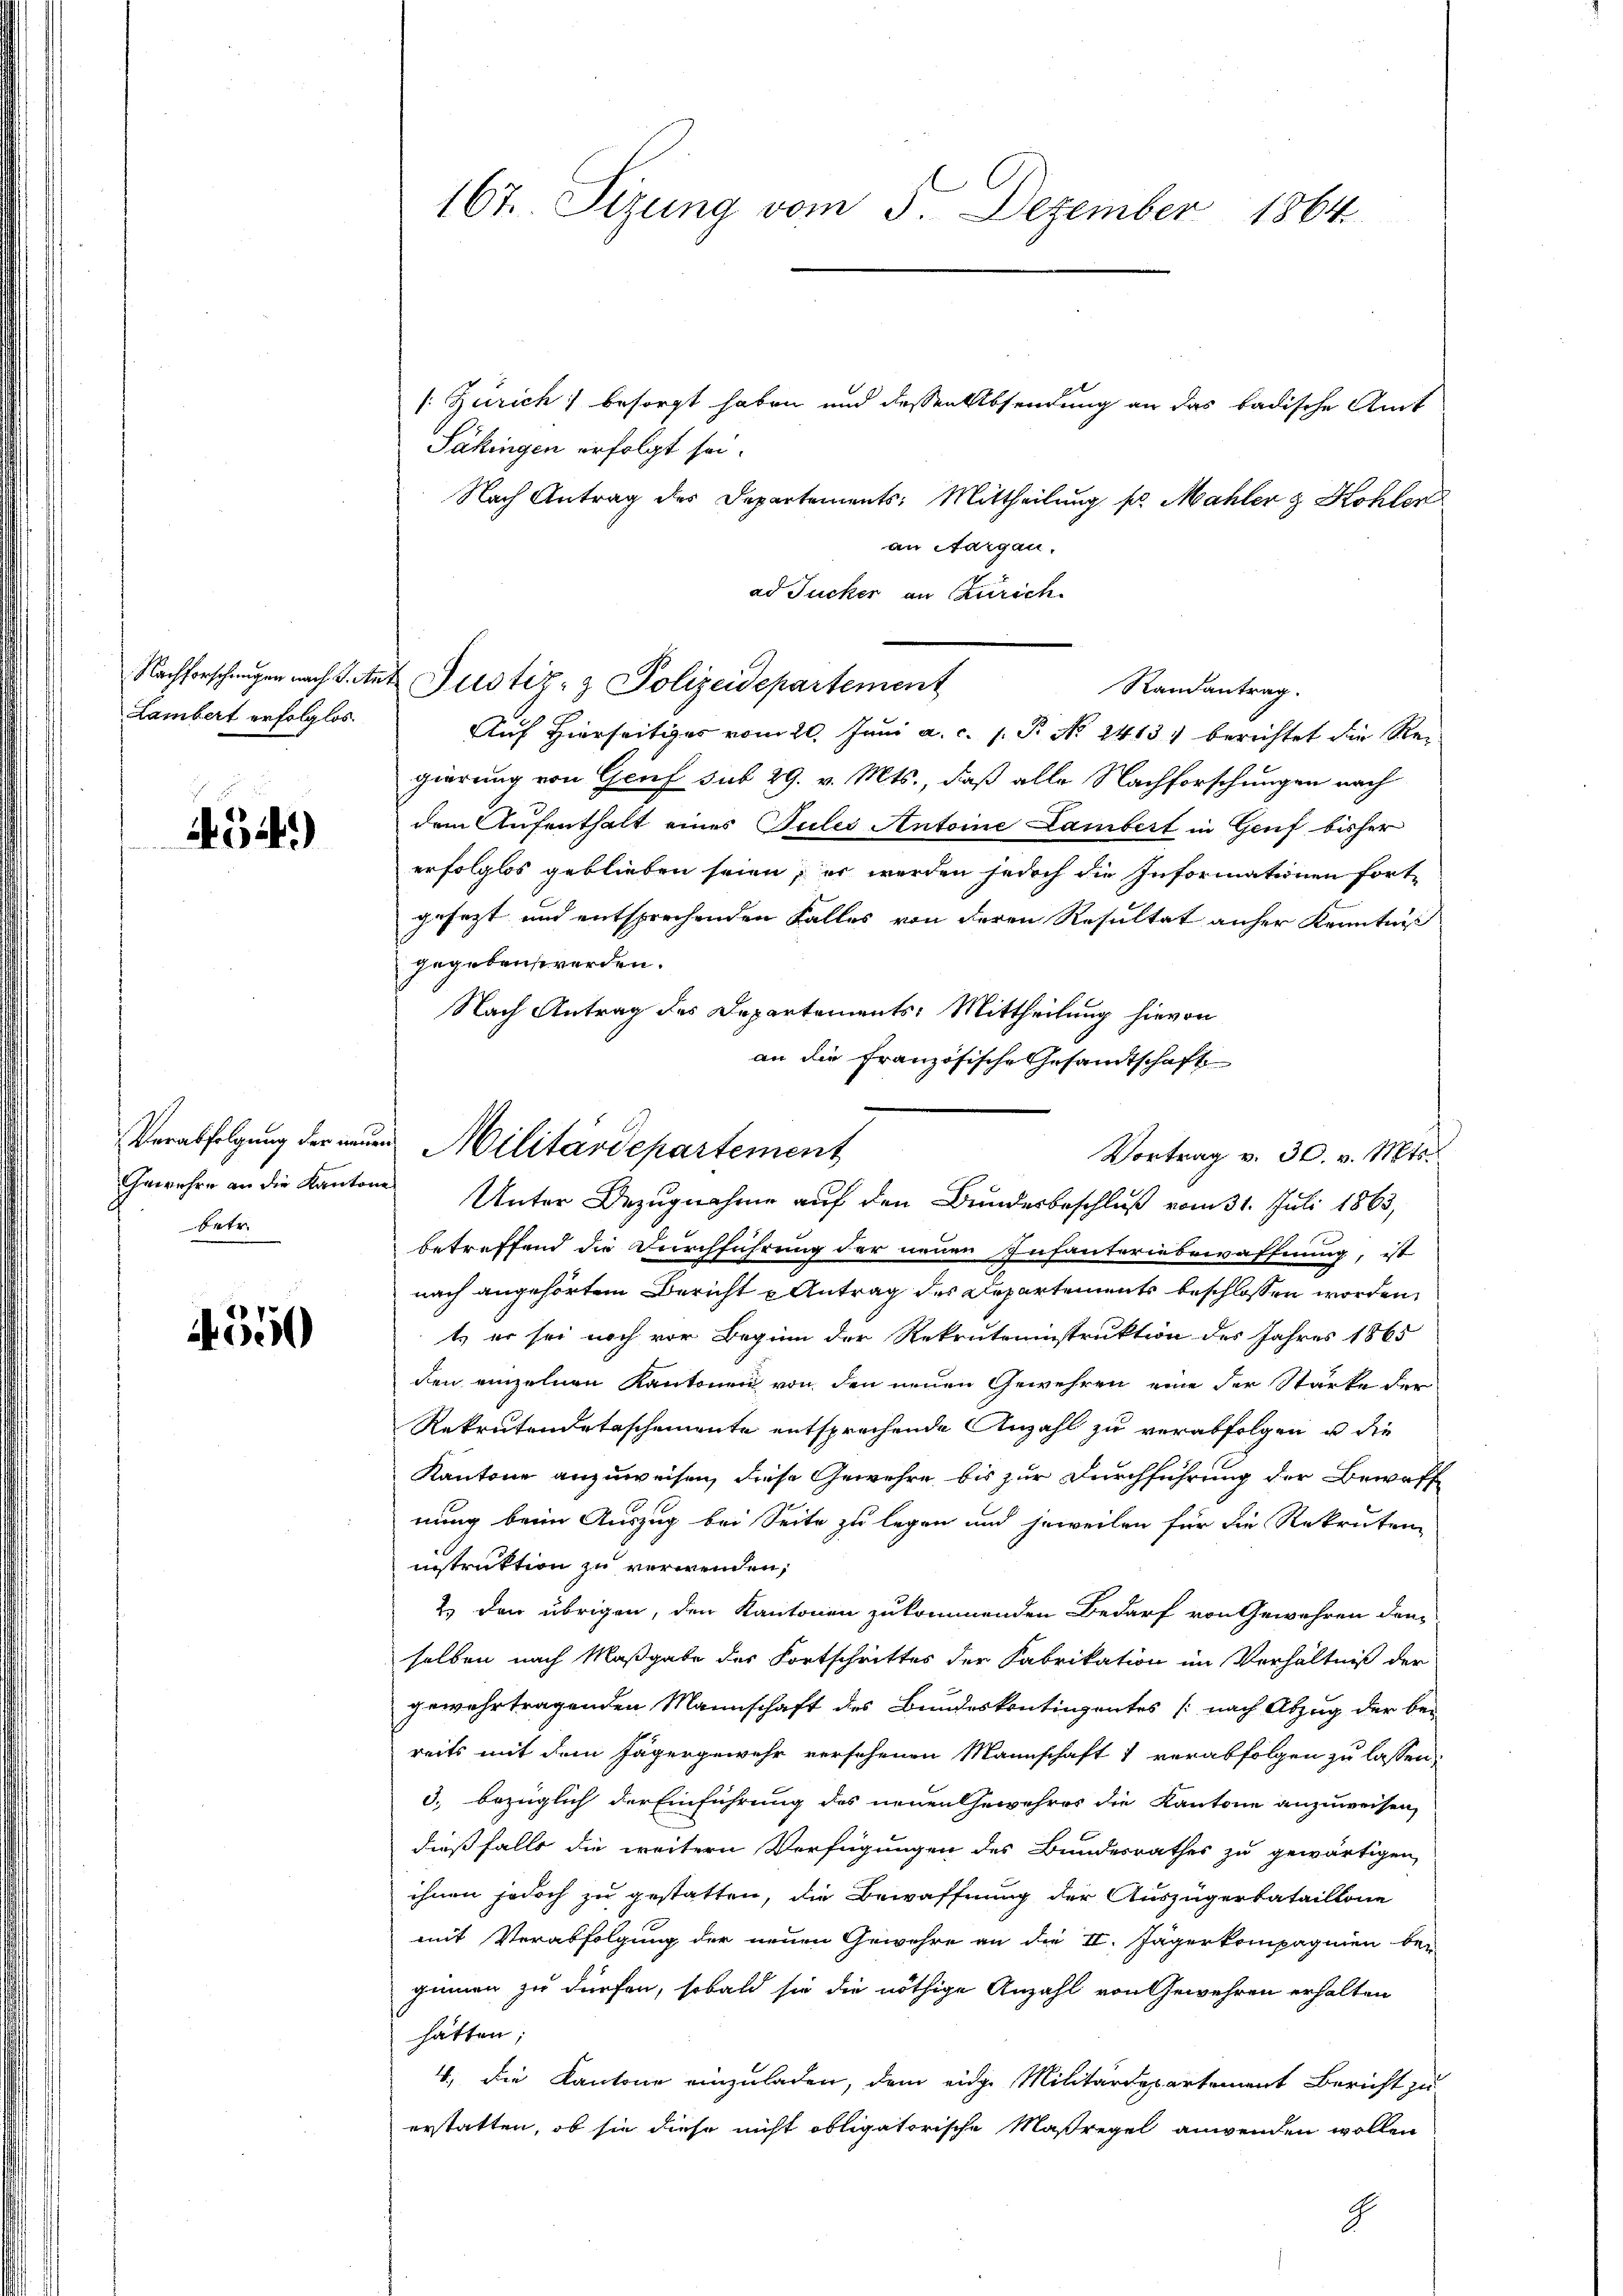
Nachforschungen nach J. An
Lambert erfolglos

4549)

Gewehre an die Kantone
betr.

4550

167. Sizung vom 5. Dezember 1864

/. Zürich) besorgt haben und dessen Absendung an das badische Amt
Säkingen erfolgt sei.
Nach Antrag des Departements: Mittheilung pr. Mahler & Kohler
an Nargau,
ad Jucker an Zürich
 Justiz- & Polizeidepartement
Randantrag.
Auf Hierseitiges vom 20. Juni a.c. s. B. No 1413) berichtet die Regierung von Genf sub 29. v. Mts., daß alle Nachforschungen nach
dem Aufenthalt eines Pules Antoine Lambert in Genf bisher
erfolglos geblieben seien, er werden jedoch die Informationen fort-
gesezt und entsprechenden Falles von deren Resultat anher Kenntniß
gegeben worden.
Nach Antrag des Departements: Mittheilung hievon
an die Französische Gesandtschaft
Vortrag v. 30. v. Mts.
Unter Bezugnahme auf den Bundesbeschluß vom 31. Juli 1863,
betreffend die Durchführung der neuen Infanteriebewaffnung, ist
nach angehörtem Bericht u Antrag des Departements beschlossen worden,
t, er sei noch vor Beginn der Rekruteninstruktion des Jahres 1865
den einzelnen Kantonen von den neuen Gewehren eine der Stärke der
Rekrutendetaschemente entsprechende Anzahl zu verabfolgen u die
Kantone anzuweisen, diese Gewehre bis zur Durchführung der Bewaff
nung beim Auszug bei Seite zu legen und jeweilen für die Rekruten
instruktion zu verwenden,
2) den übrigen, den Kantonen zukommenden Bedarf von Gewehren denselben nach Maßgabe des Fortschrittes der Fabrikation im Verhältniß der
gewahrtragenden Mannschaft des Bundeskontingentes (nach Abzug der be-
reits mit dem Jägergewehr versehenen Mannschaft 1 verabfolgen zu lassen,
d. bezüglich der Einführung des neuen Gewehres die Kantone anzuweisen,
dießfalls die weitern Verfügungen des Bundesrathes zu gewärtigen,
ihnen jedoch zu gestatten, die Bewaffnung der Auszügerbataillone
mit Verabfolgung der neuen Gewehre an die II. Jägerkompagnien bei
ginnen zu dürfen, sobald sie die nöthige Anzahl von Gewehren erhalten
hätten;
4. die Kantone einzuladen, dem eidge Militärdepartement Bericht zu
erstatten, ob sie diese nicht obligatorische Maßregel anwenden wollen

Verabfolgung der neuen Militärdepartement